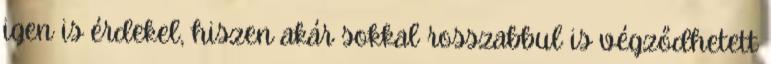
igen is érdekel, hiszen akár sokkal rosszabbul is végződhetett